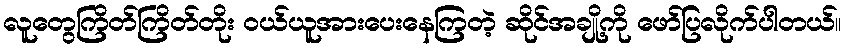
လူတွေကြိတ်ကြိတ်တိုး ဝယ်ယူအားပေးနေကြတဲ့ ဆိုင်အချို့ကို ဖော်ပြလိုက်ပါတယ်။